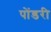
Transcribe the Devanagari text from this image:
पोंडरी